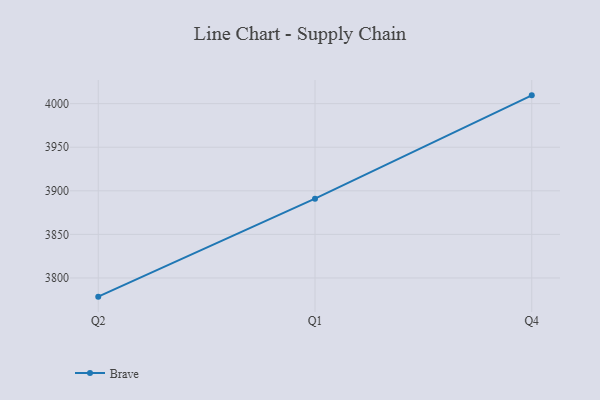
{"axis": {"x": "Quarter", "y": "Market Share (%)"}, "legend": ["Brave"], "data": [{"x": "Q2", "y": 3778.6, "type": "Brave"}, {"x": "Q1", "y": 3891.0, "type": "Brave"}, {"x": "Q4", "y": 4009.5, "type": "Brave"}]}